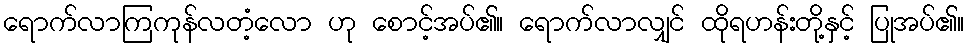
ရောက်လာကြကုန်လတံ့လော ဟု စောင့်အပ်၏။ ရောက်လာလျှင် ထိုရဟန်းတို့နှင့် ပြုအပ်၏။